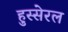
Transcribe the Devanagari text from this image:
हुस्सेरल